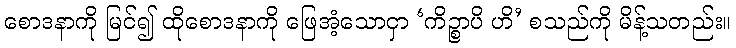
စောဒနာကို မြင်၍ ထိုစောဒနာကို ဖြေအံ့သောငှာ ‘ကိဉ္စာပိ ဟိ’ စသည်ကို မိန့်သတည်း။